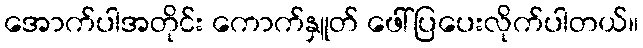
အောက်ပါအတိုင်း ကောက်နှူတ် ဖေါ်ပြပေးလိုက်ပါတယ်။